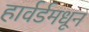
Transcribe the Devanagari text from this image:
हार्वर्डमधून